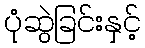
ပုံဆွဲခြင်းနှင့်